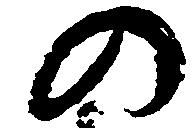
の